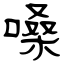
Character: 嗓